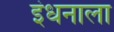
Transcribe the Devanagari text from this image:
इंधनाला